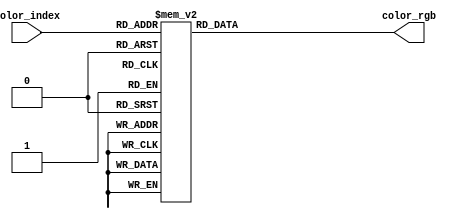
// VGA 16 Color Palette:
// https://en.wikipedia.org/wiki/Color_Graphics_Adapter

module index_color_to_rgb (
    input wire [3:0] color_index,
    output reg [15:0] color_rgb
);
    always @ (*) begin
        case (color_index)
            4'd0: color_rgb = 16'b00000_000000_00000; // #000000 = black
            4'd1: color_rgb = 16'b00000_000000_10101; // #0000aa = blue
            4'd2: color_rgb = 16'b00000_101010_00000; // #00aa00 = green
            4'd3: color_rgb = 16'b00000_101010_10101; // #00aaaa = cyan
            4'd4: color_rgb = 16'b10101_000000_00000; // #aa0000 = red
            4'd5: color_rgb = 16'b10101_000000_10101; // #aa00aa = magenta
            4'd6: color_rgb = 16'b10101_010101_00000; // #aa5500 = brown
            4'd7: color_rgb = 16'b10101_101010_10101; // #aaaaaa = light gray
            4'd8: color_rgb = 16'b01010_010101_01010; // #555555 = dark gray
            4'd9: color_rgb = 16'b01010_010101_11111; // #5555ff = light blue
            4'd10: color_rgb = 16'b01010_111111_01010; // #55ff55 = light green
            4'd11: color_rgb = 16'b01010_111111_11111; // #55ffff = light cyan
            4'd12: color_rgb = 16'b11111_010101_01010; // #ff5555 = light red
            4'd13: color_rgb = 16'b11111_010101_11111; // #ff55ff = light magenta
            4'd14: color_rgb = 16'b11111_111111_01010; // #ffff55 = yellow
            4'd15: color_rgb = 16'b11111_111111_11111; // #ffffff = white
        endcase
    end
endmodule